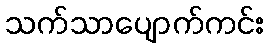
သက်သာပျောက်ကင်း